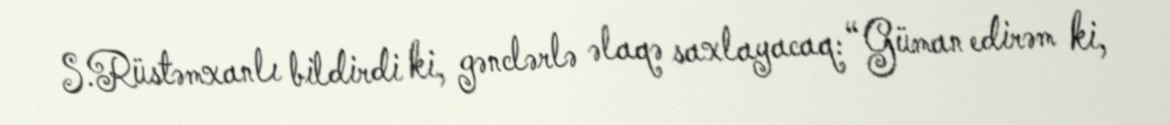
S.Rüstəmxanlı bildirdi ki, gənclərlə əlaqə saxlayacaq: “Güman edirəm ki,